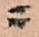
ニ